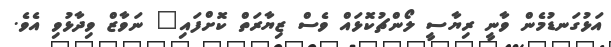
އަޅުގަނޑުމެން ވާނީ ރިޔާސީ ލޯންޗުކޮޅައް ވެސް ޒިޔާރަތް ކޮށްފައި" ނަވާޒް ވިދާޅުވި އެވެ.